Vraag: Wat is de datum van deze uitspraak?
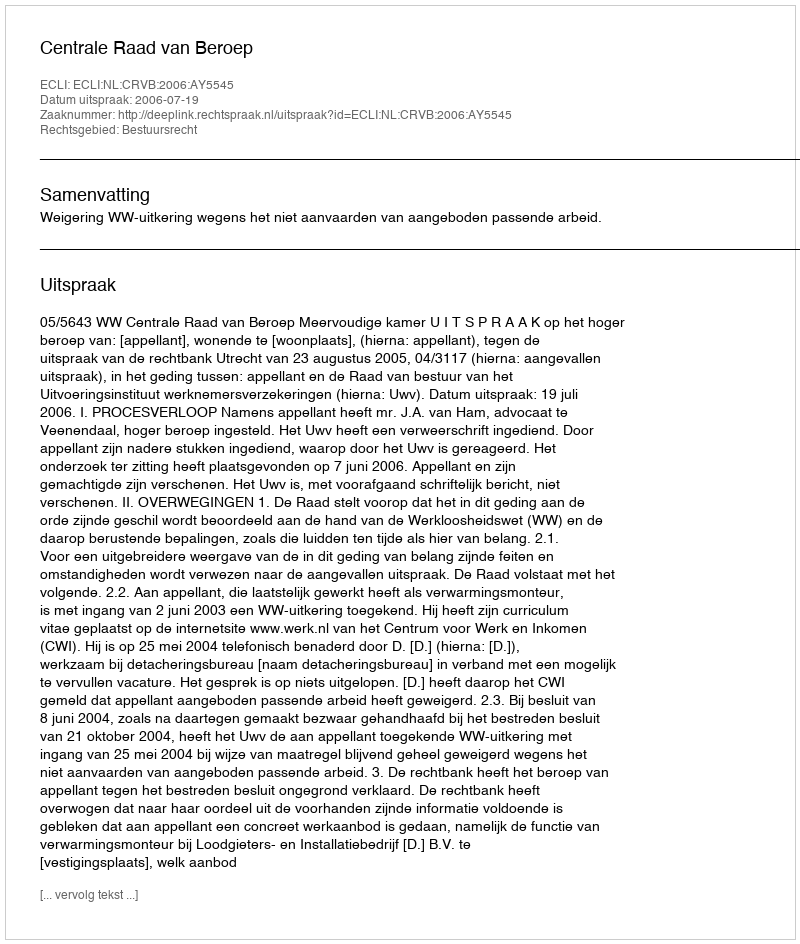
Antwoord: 2006-07-19